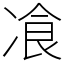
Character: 飡